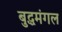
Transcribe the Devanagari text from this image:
बुद्धमंगल